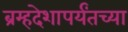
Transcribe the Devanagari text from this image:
ब्रम्हदेशापर्यंतच्या